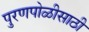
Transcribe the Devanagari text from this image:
पुरणपोळीसाठी